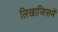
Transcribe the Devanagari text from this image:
लिखाजिसमें